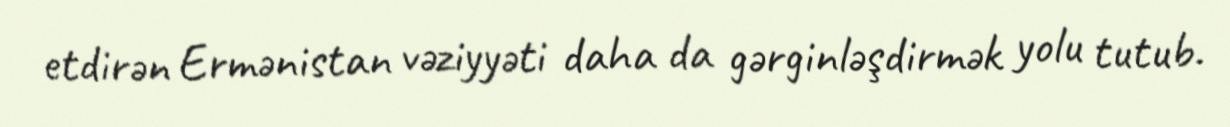
etdirən Ermənistan vəziyyəti daha da gərginləşdirmək yolu tutub.